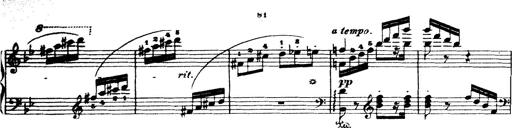
Title: Wagner-Liszt Album
Composer: Franz Liszt